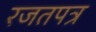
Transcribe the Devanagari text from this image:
रजतपत्र